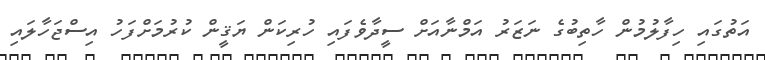
އަތުގައި ހިފާލުމުން ހާތިބުގެ ނަޒަރު އަމްނާއަށް ސީދާވެފައި ހުރިކަން ޔަޤީން ކުރުމަށްފަހު އިސްޖަހާލައި